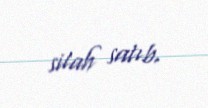
silah satıb.